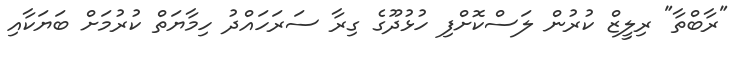
"ރާބްތާ" ރިލީޒް ކުރުން ލަސްކޮށްފި ހުޅުދޫގެ ގިރާ ސަރަހައްދު ހިމާޔަތް ކުރުމަށް ބަޔަކާއި